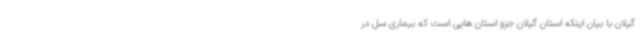
گیلان با بیان اینکه استان گیلان جزو استان هایی است که بیماری سل در